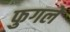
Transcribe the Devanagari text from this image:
फुगले